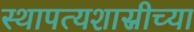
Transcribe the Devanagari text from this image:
स्थापत्यशास्रीच्या